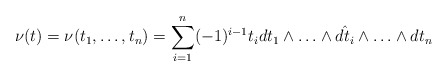
\begin{align*}\nu(t)=\nu(t_1,\ldots,t_n)=\sum_{i=1}^n(-1)^{i-1}t_idt_1\wedge\ldots\wedge\hat{dt_i}\wedge\ldots\wedge dt_n\end{align*}